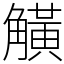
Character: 觵